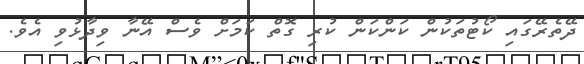
ދޭތެރޭގައި ކޯޓުތަކުން ކަންކަން ކުރި ގޮތް ކަމަށް ވެސް އޭނާ ވިދާޅުވި އެވެ.